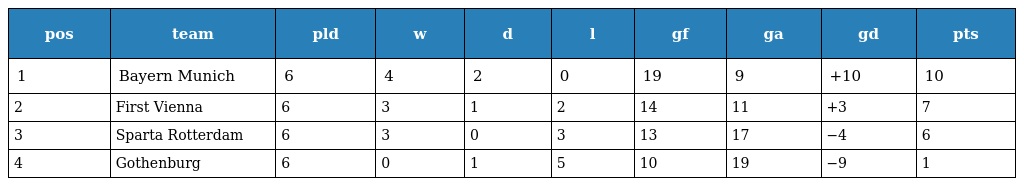
| pos | team | pld | w | d | l | gf | ga | gd | pts |
 | --- | --- | --- | --- | --- | --- | --- | --- | --- | --- |
 | 1 | Bayern Munich | 6 | 4 | 2 | 0 | 19 | 9 | +10 | 10 |
 | 2 | First Vienna | 6 | 3 | 1 | 2 | 14 | 11 | +3 | 7 |
 | 3 | Sparta Rotterdam | 6 | 3 | 0 | 3 | 13 | 17 | −4 | 6 |
 | 4 | Gothenburg | 6 | 0 | 1 | 5 | 10 | 19 | −9 | 1 |